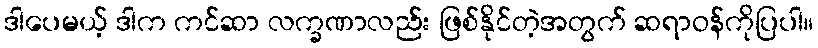
ဒါပေမယ့် ဒါက ကင်ဆာ လက္ခဏာလည်း ဖြစ်နိုင်တဲ့အတွက် ဆရာဝန်ကိုပြပါ။